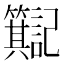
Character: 𫂮